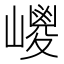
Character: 𡽀